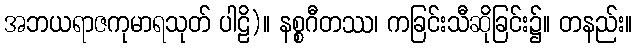
အဘယရာဇကုမာရသုတ် ပါဠိ)။ နစ္စဂီတဿ၊ ကခြင်းသီဆိုခြင်း၌။ တနည်း။